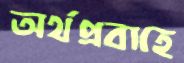
অর্থপ্রবাহে